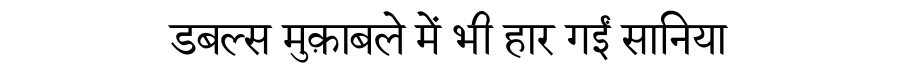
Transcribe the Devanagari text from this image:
डबल्स मुक़ाबले में भी हार गईं सानिया